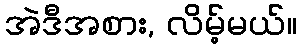
အဲဒီအစား, လိမ့်မယ်။